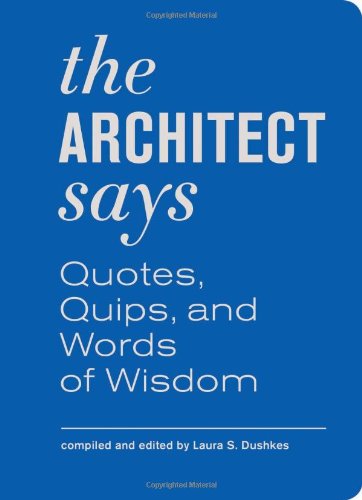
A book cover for The Architect Says: Quotes, Quips, and Words of Wisdom; Laura S. Dushkes; Arts & Photography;